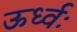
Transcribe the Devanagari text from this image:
ऊर्ध्वः